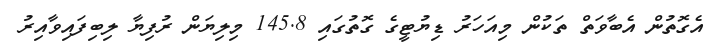
އެގޮތުން އެބާވަތް ތަކުން މިއަހަރު ޑިޔުޓީގެ ގޮތުގައި 145.8 މިލިޔަން ރުފިޔާ ލިބިފައިވާއިރު